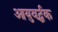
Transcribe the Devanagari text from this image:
आयुवर्द्धक